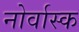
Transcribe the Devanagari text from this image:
नोर्वास्क